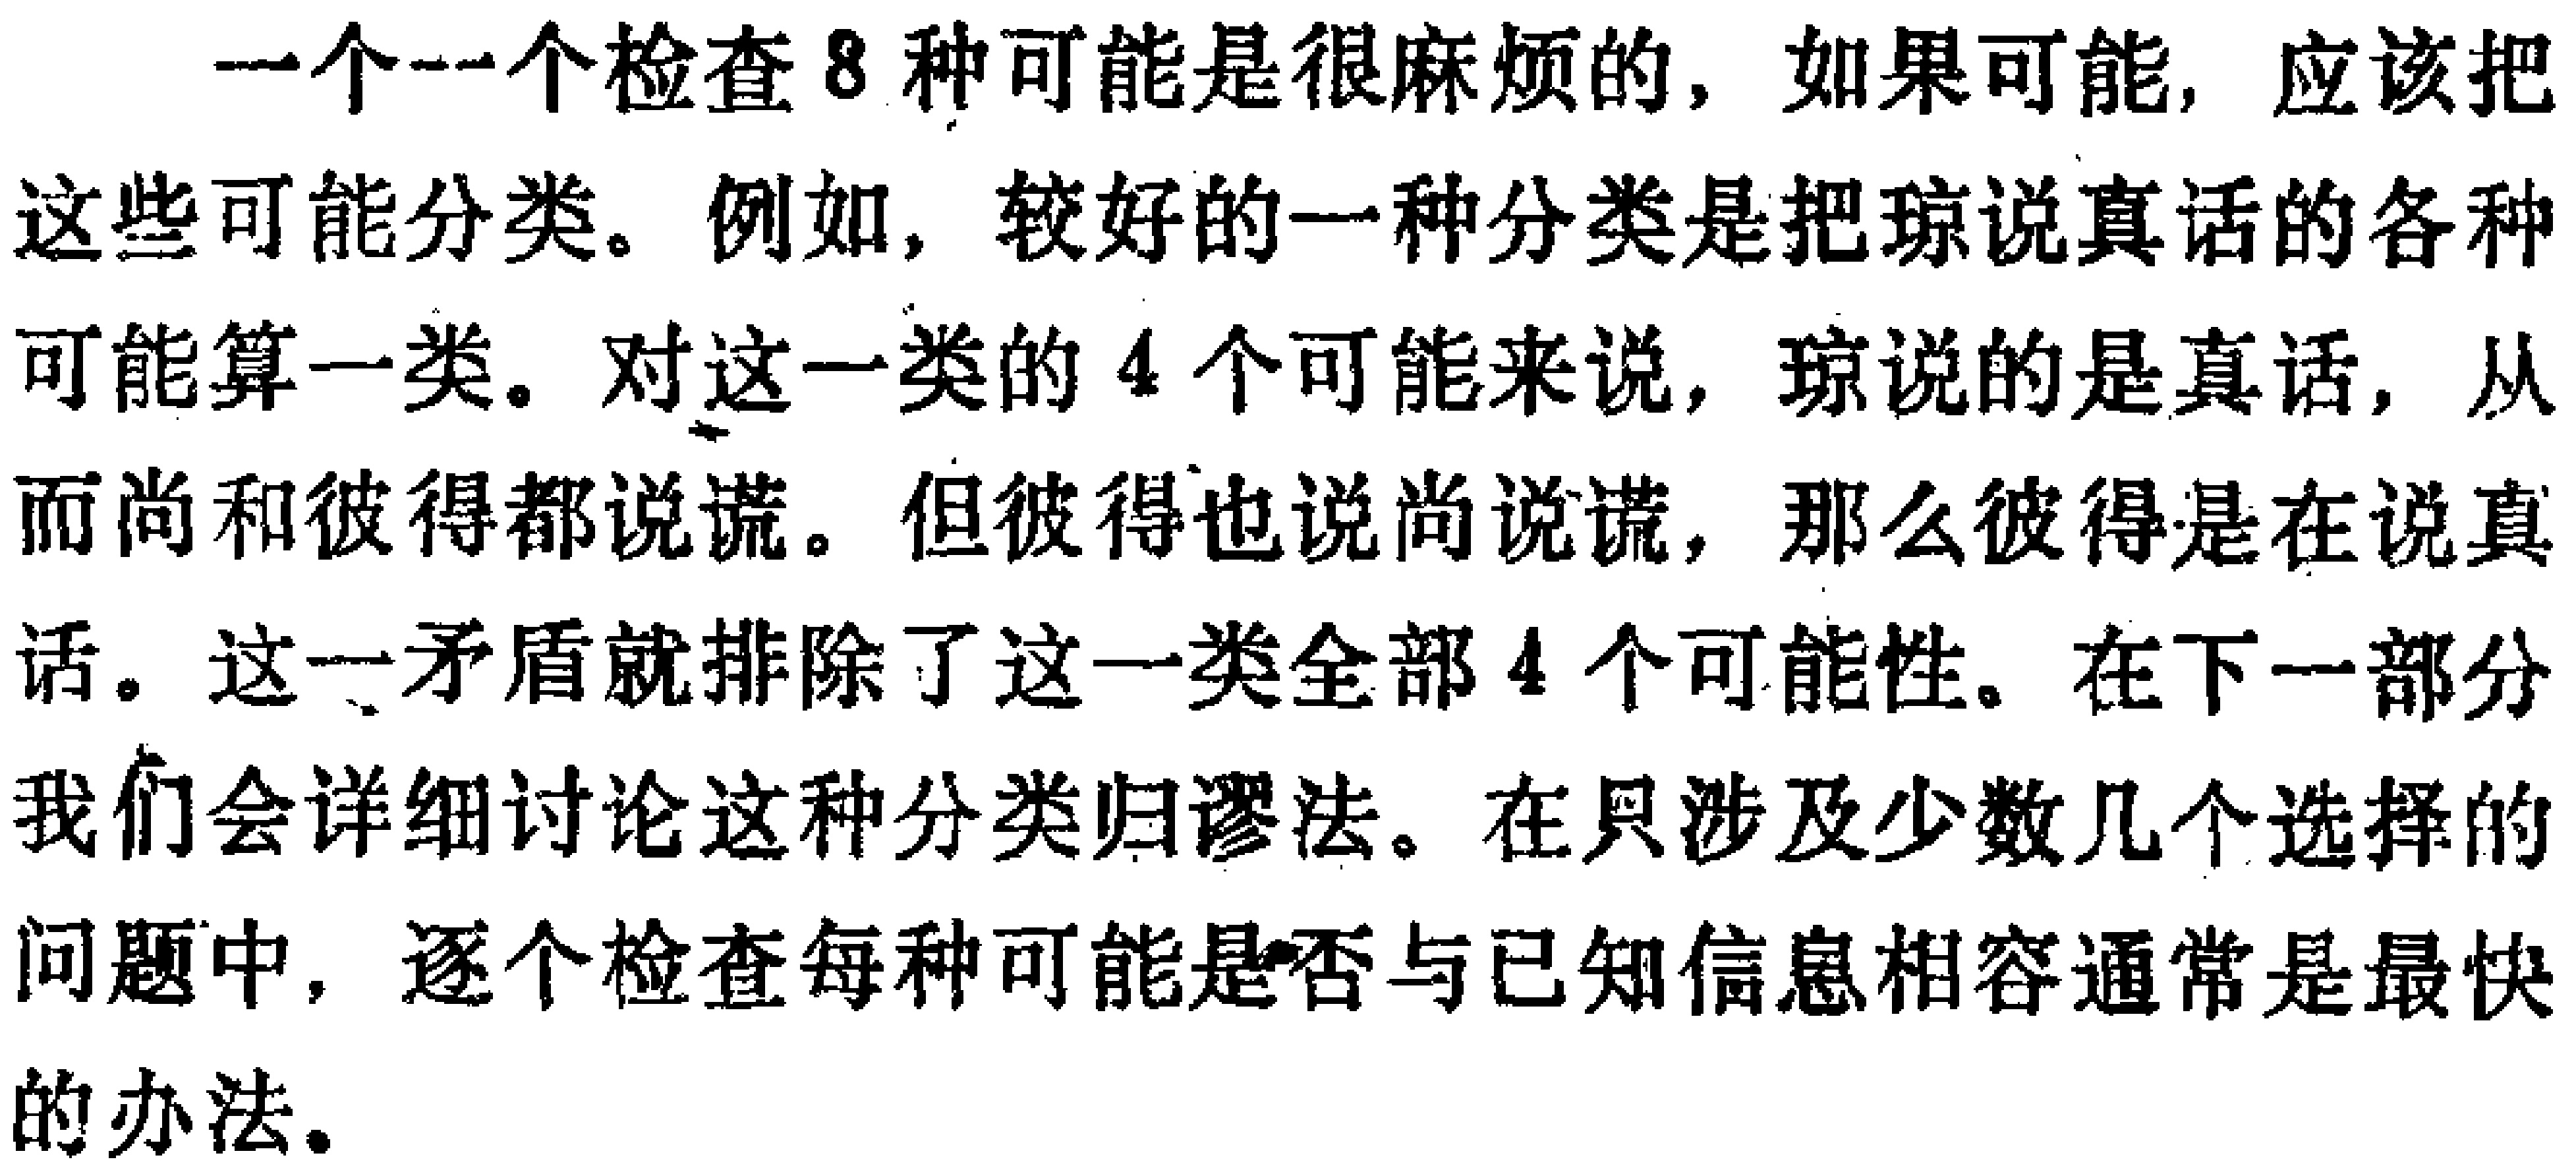
一个一个检查8种可能是很麻烦的，如果可能，应该把这些可能分类。例如，较好的一种分类是把琼说真话的各种可能算一类。对这一类的4个可能来说，琼说的是真话，从而尚和彼得都说谎。但彼得也说尚说谎，那么彼得是在说真话。这一矛盾就排除了这一类全部4个可能性。在下一部分我们会详细讨论这种分类归谬法。在只涉及少数几个选择的问题中，逐个检查每种可能是否与已知信息相容通常是最快的办法。